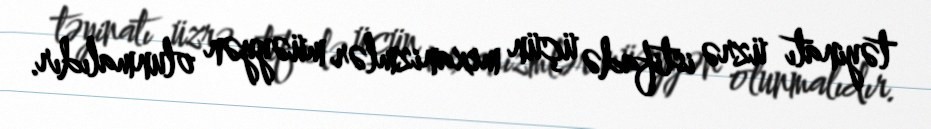
təyinatı üzrə istifadə üçün mexanizmlər müəyyən olunmalıdır.